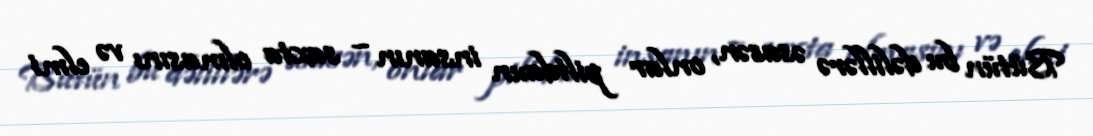
Bütün bu dəlillərə əsasən, onlar piltdaun insanın – saxta olmasını və elmi